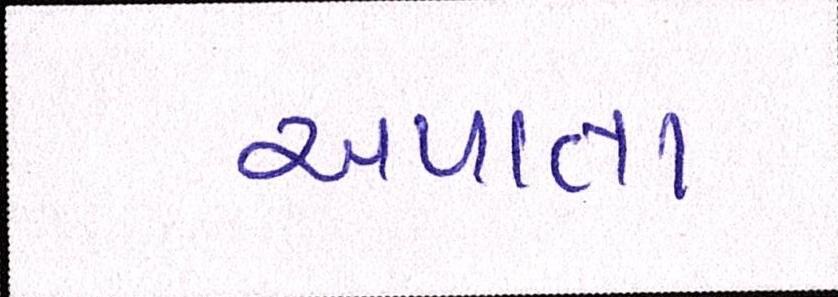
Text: અપાતા